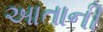
આતાની